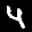
Label: 4